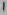
Text: 1